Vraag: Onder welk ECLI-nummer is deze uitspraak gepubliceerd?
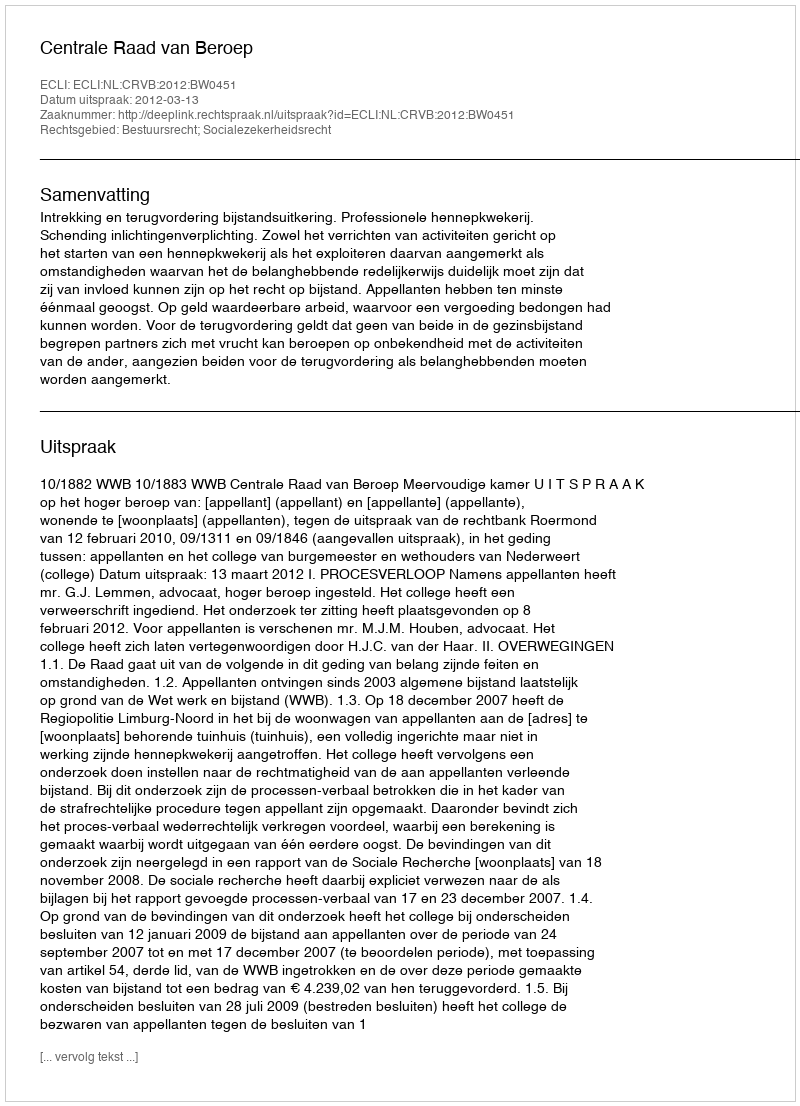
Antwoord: ECLI:NL:CRVB:2012:BW0451